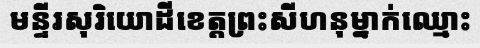
មន្ទីរសុរិយោដីខេត្តព្រះសីហនុម្នាក់ឈ្មោះ